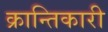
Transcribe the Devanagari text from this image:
क्रान्‍तिकारी